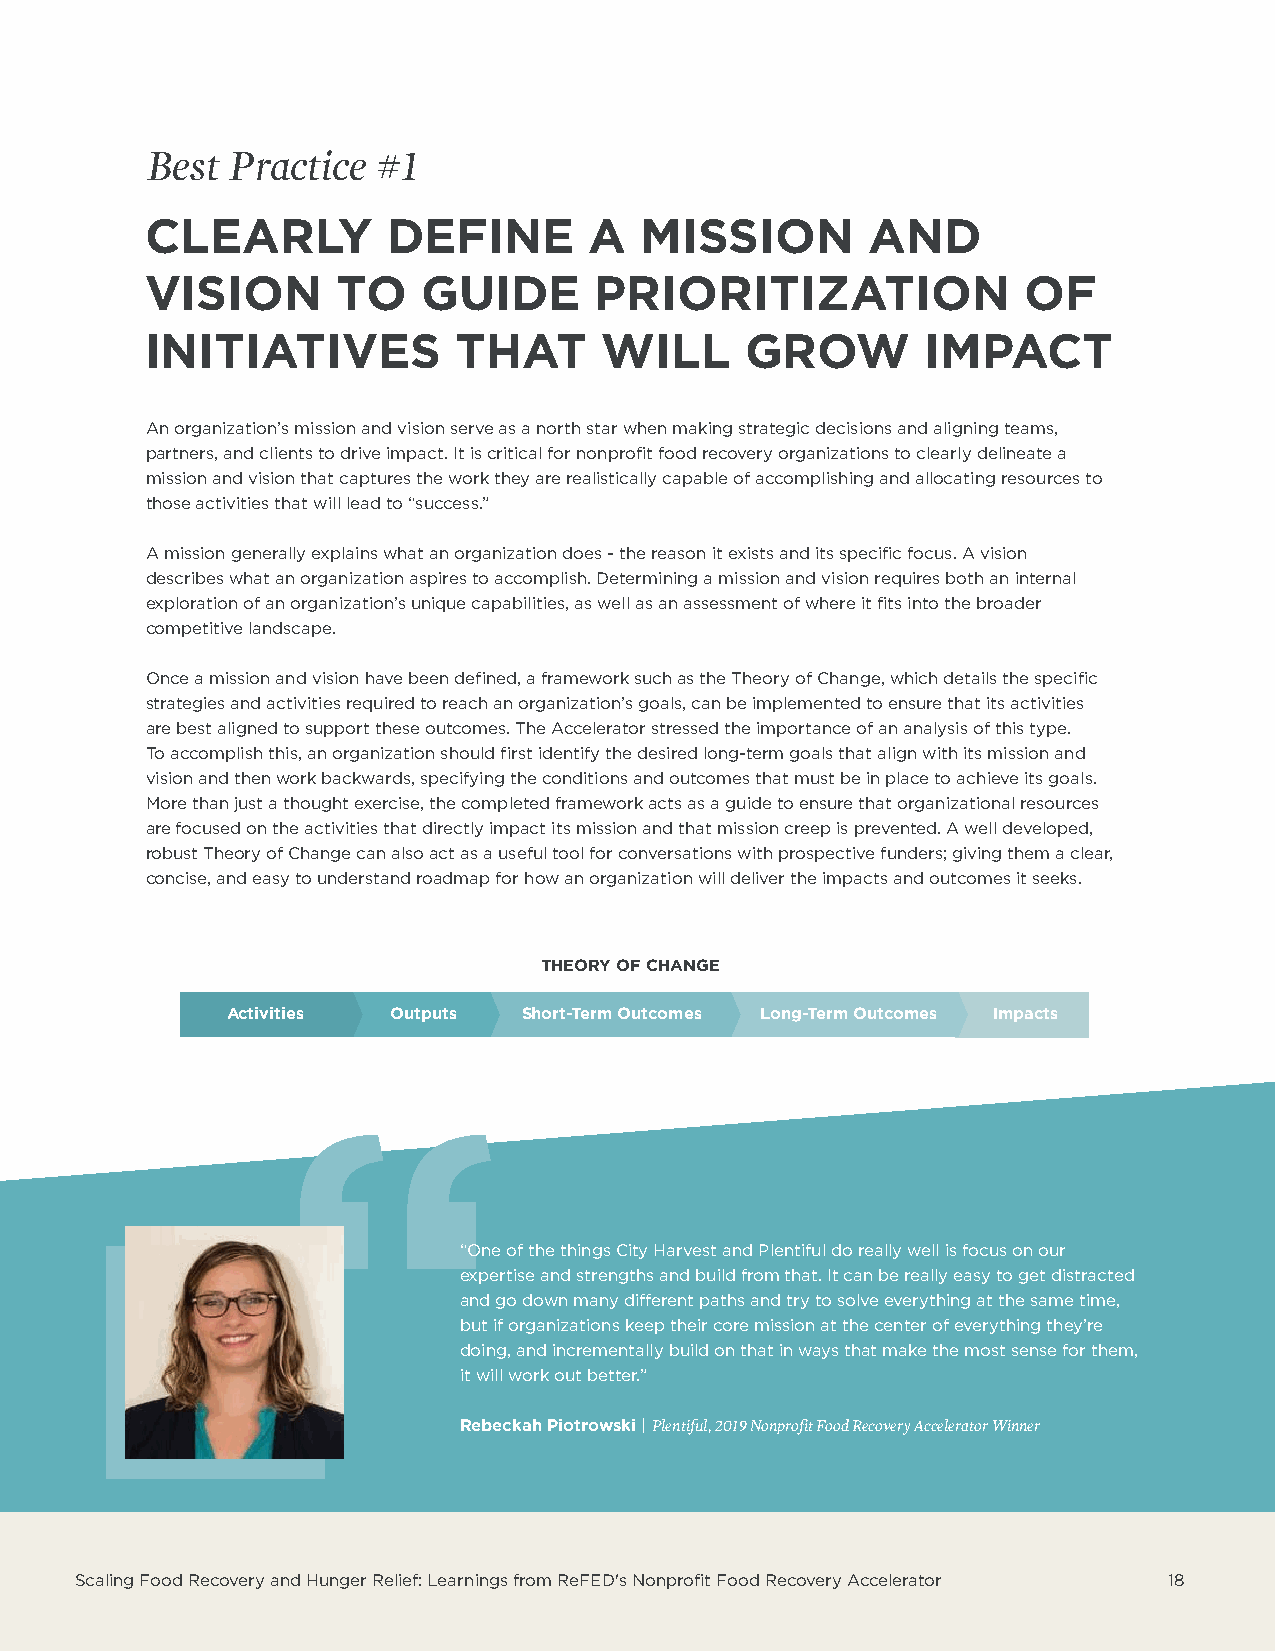
Best Practice  #1
 CLEARLY         DEFINE       A  MISSION        AND
 VISION      TO    GUIDE      PRIORITIZATION               OF
 INITIATIVES         THAT      WILL     GROW        IMPACT
 An organization’s mission and vision serve as a north star when making strategic decisions and aligning teams,
 partners, and clients to drive impact. It is critical for nonprofit food recovery organizations to clearly delineate a
 mission and vision that captures the work they are realistically capable of accomplishing and allocating resources to
 those activities that will lead to “success.”
 A mission generally explains what an organization does - the reason it exists and its specific focus. A vision
 describes what an organization aspires to accomplish. Determining a mission and vision requires both an internal
 exploration of an organization’s unique capabilities, as well as an assessment of where it fits into the broader
 competitive landscape.
 Once a mission and vision have been defined, a framework such as the Theory of Change, which details the specific
 strategies and activities required to reach an organization’s goals, can be implemented to ensure that its activities
 are best aligned to support these outcomes. The Accelerator stressed the importance of an analysis of this type.
 To accomplish this, an organization should first identify the desired long-term goals that align with its mission and
 vision and then work backwards, specifying the conditions and outcomes that must be in place to achieve its goals.
 More than just a thought exercise, the completed framework acts as a guide to ensure that organizational resources
 are focused on the activities that directly impact its mission and that mission creep is prevented. A well developed,
 robust Theory of Change can also act as a useful tool for conversations with prospective funders; giving them a clear,
 concise, and easy to understand roadmap for how an organization will deliver the impacts and outcomes it seeks.
 THEORY OF CHANGE
 Activities Outputs  Short-Term Outcomes Long-Term Outcomes Impacts
 “One of the things City Harvest and Plentiful do really well is focus on our
 expertise and strengths and build from that. It can be really easy to get distracted
 and go down many different paths and try to solve everything at the same time,
 but if organizations keep their core mission at the center of everything they’re
 doing, and incrementally build on that in ways that make the most sense for them,
 it will work out better.”
 Rebeckah Piotrowski | Plentiful, 2019 Nonprofit Food Recovery Accelerator Winner
 Scaling Food Recovery and Hunger Relief: Learnings from ReFED's Nonprofit Food Recovery Accelerator 18